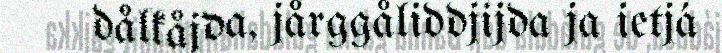
dålkåjda, jårggåliddjijda ja ietjá